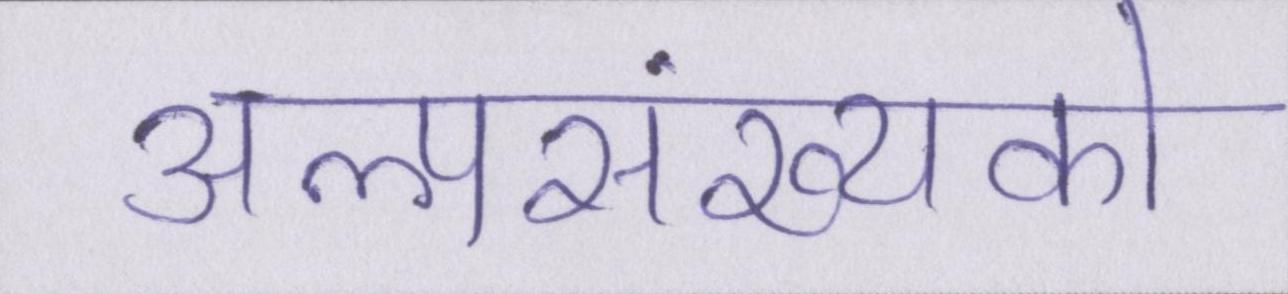
अल्पसंख्यकों